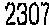
2307